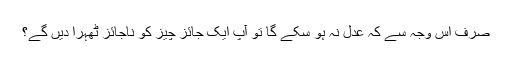
صرف اس وجہ سے کہ عدل نہ ہو سکے گا تو آپ ایک جائز چیز کو ناجائز ٹھہرا دیں گےِ؟